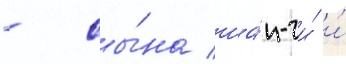
- сы́на ша́н-чи́ и́